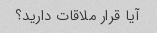
آیا قرار ملاقات دارید؟